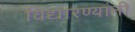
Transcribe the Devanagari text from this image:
विद्यारण्यांनी